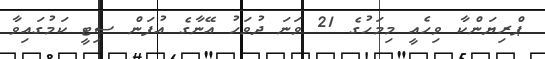
ޕްރިޔަންކާ ވިހެއީ މިމަހުގެ 21 ވަނަ ދުވަހު އޭނާގެ އުފަން ސިޓީ ކަމުގައިވާ